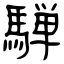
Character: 騨